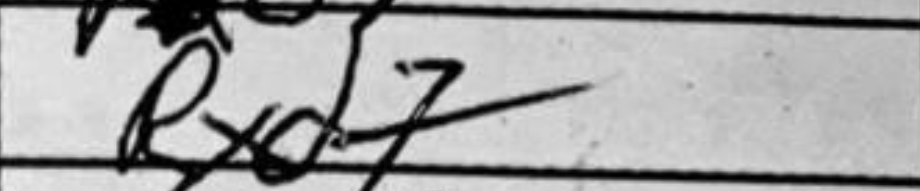
Transcription: Rxd7